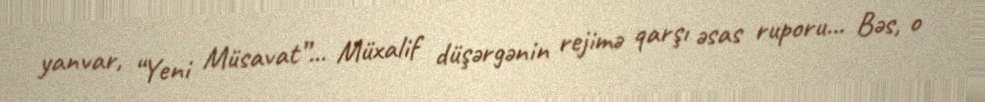
yanvar, “Yeni Müsavat”... Müxalif düşərgənin rejimə qarşı əsas ruporu... Bəs, o